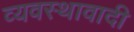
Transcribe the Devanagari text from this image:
व्यवस्थावादी